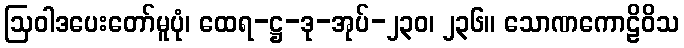
ဩဝါဒပေးတော်မူပုံ၊ ထေရ-ဋ္ဌ-ဒု-အုပ်-၂၃၀၊ ၂၃၆။ သောဏကောဠိဝိသ